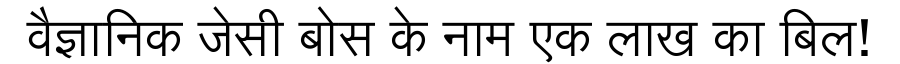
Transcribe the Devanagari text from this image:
वैज्ञानिक जेसी बोस के नाम एक लाख का बिल!